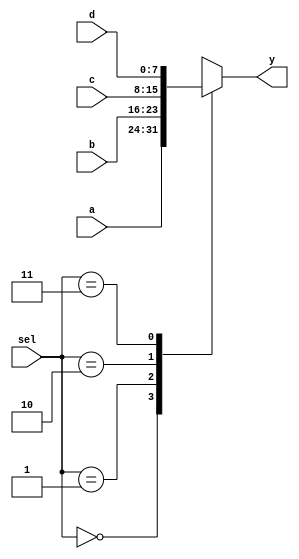
`timescale 1ns / 1ps
//////////////////////////////////////////////////////////////////////////////////
// Company: 
// 
// Design Name: 
// Module Name: mux4
// Project Name: 
// Target Devices: 
// Tool Versions: 
// Description: 
// 
// Dependencies: 
// 
// Revision:
// Revision 0.01 - File Created
// Additional Comments:
// 
//////////////////////////////////////////////////////////////////////////////////


module mux4 #(parameter WIDTH = 8) (
        input  wire [1:0]     sel,
        input  wire [WIDTH-1:0] a,
        input  wire [WIDTH-1:0] b,
        input  wire [WIDTH-1:0] c,
        input  wire [WIDTH-1:0] d, 
        output reg [WIDTH-1:0]  y
    );
    
    always @ (*)
    begin
        case (sel)
            2'b00: y <= a;
            2'b01: y <= b;
            2'b10: y <= c;
            2'b11: y <= d;
            default: y <= {WIDTH{1'bx}};
        endcase
//    assign y = (sel) ? b : a;
    end
    

endmodule